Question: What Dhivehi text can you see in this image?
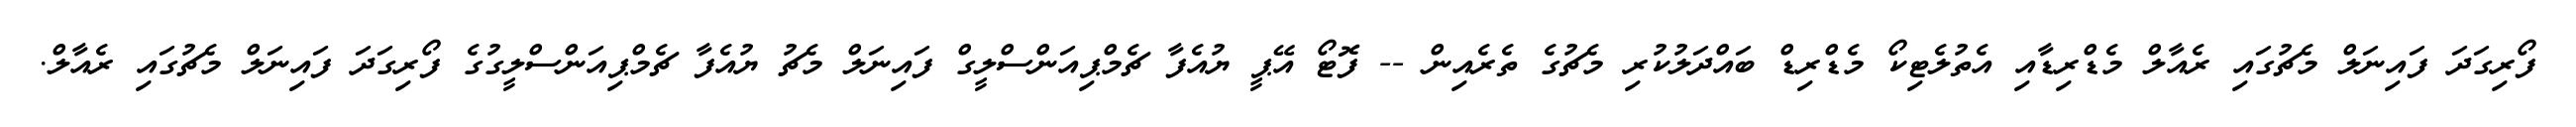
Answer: ފޯރިގަދަ ފައިނަލް މެޗުގައި ރެއާލް މެޑްރިޑާއި އެތުލެޓިކޯ މެޑްރިޑް ބައްދަލުކުރި މެޗުގެ ތެރެއިން -- ފޮޓޯ އޭޕީ ޔުއެފާ ޗެމްޕިއަންސްލީގް ފައިނަލް މެޗު ޔުއެފާ ޗެމްޕިއަންސްލީގުގެ ފޯރިގަދަ ފައިނަލް މެޗުގައި ރެއާލް.